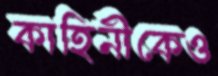
কাহিনীকেও